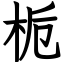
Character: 栀